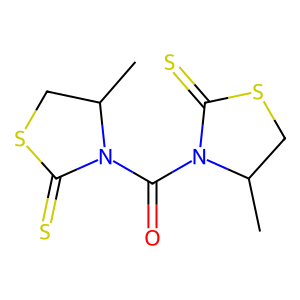
SMILES: CC1CSC(=S)N1C(=O)N1C(=S)SCC1C
Inhibits HIV replication: No